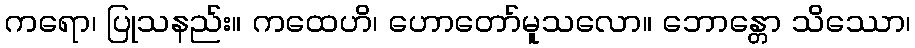
ကရော၊ ပြုသနည်း။ ကထေဟိ၊ ဟောတော်မူသလော။ ဘောန္တော သိဿော၊